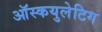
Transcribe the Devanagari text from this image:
ऑस्कयुलेटिग